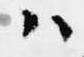
ハ